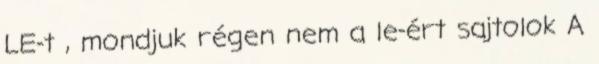
LE-t , mondjuk régen nem a le-ért sajtolok A